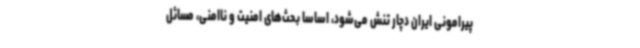
پیرامونی ایران دچار تنش می‌شود، اساسا بحث‌های امنیت و ناامنی، مسائل